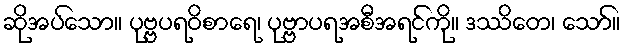
ဆိုအပ်သော။ ပုဗ္ဗပရဝိစာရေ၊ ပုဗ္ဗာပရအစီအရင်ကို။ ဒဿိတေ၊ သော်။